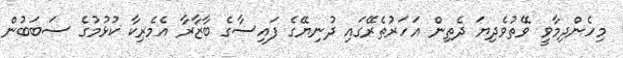
މިހެންދިމާވީ ވޭތުވެދިޔަ ދެތިން އަހަރުތެރޭގައި ދުނިޔޭގެ ފައިސާގެ ބާޒާރާ އެމެރިކާ ކުޅުމުގެ ސަބަބުން